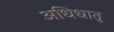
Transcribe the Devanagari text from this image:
अधिधातु